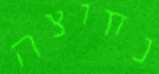
נחוצה